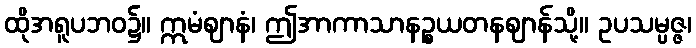
ထိုအရူပဘဝ၌။ ဣမံဈာနံ၊ ဤအာကာသာနဉ္စယတနဈာန်သို့။ ဥပသမ္ပဇ္ဇ၊